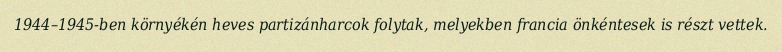
1944–1945-ben környékén heves partizánharcok folytak, melyekben francia önkéntesek is részt vettek.